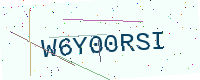
Text: W6Y00RSI